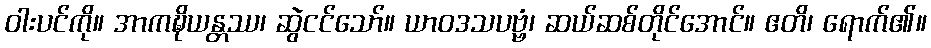
ဝါးပင်ကို။ အာကဍ္ဎိယန္တဿ၊ ဆွဲငင်သော်။ ယာဝဒသပဗ္ဗံ၊ ဆယ်ဆစ်တိုင်အောင်။ ဧတိ၊ ရောက်၏။